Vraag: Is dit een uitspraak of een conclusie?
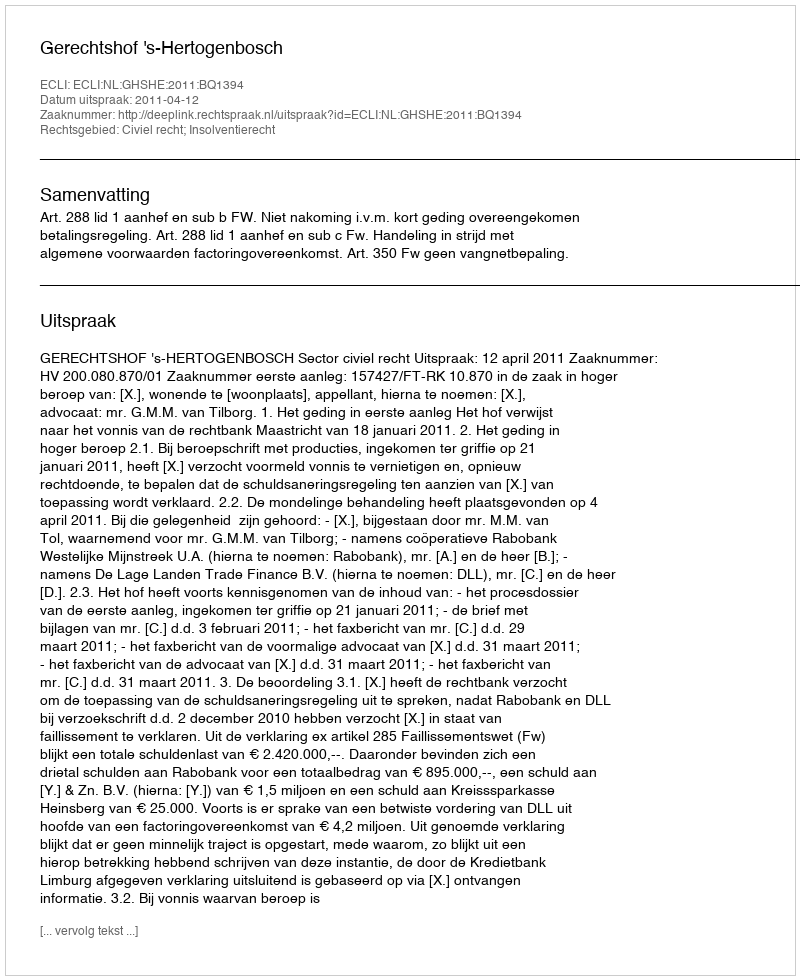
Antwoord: Uitspraak